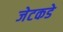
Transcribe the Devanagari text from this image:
जेटकडे